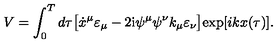
V = \int _ { 0 } ^ { T } d \tau \bigl [ \dot { x } ^ { \mu } \varepsilon _ { \mu } - 2 \mathrm { i } \psi ^ { \mu } \psi ^ { \nu } k _ { \mu } \varepsilon _ { \nu } \bigr ] \mathrm { e x p } [ i k x ( { \tau } ) ] .